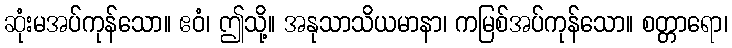
ဆုံးမအပ်ကုန်သော။ ဧဝံ၊ ဤသို့။ အနုသာသိယမာနာ၊ ကမြစ်အပ်ကုန်သော။ စတ္တာရော၊